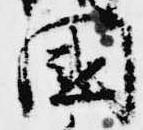
国